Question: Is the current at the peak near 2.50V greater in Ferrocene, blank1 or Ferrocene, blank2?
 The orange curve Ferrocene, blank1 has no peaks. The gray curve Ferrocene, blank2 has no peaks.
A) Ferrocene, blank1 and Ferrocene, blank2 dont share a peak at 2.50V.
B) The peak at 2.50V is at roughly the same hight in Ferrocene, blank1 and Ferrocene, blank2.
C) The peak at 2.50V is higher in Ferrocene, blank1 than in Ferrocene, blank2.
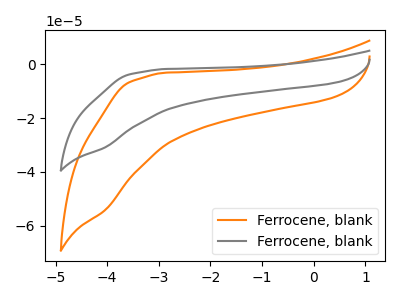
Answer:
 <answer>A) "Ferrocene, blank1" and "Ferrocene, blank2" dont share a peak at 2.50V.</answer>
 <eval>A</eval>